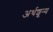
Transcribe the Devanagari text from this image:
अर्थशून्य